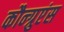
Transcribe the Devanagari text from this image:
कौन्ग्रुएंस